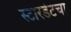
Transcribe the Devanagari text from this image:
स्टारडेटचा